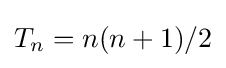
T_{n}=n(n+1)/2